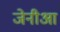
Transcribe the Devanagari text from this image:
जेनीआ